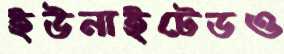
ইউনাইটেডও